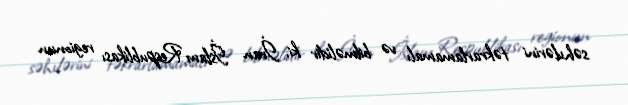
səhvlərini təkrarlamamalı və bilməlidir ki, İran İslam Respublikası regionun